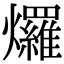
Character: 𤓓